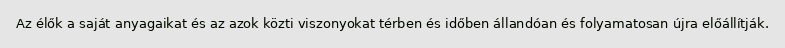
Az élők a saját anyagaikat és az azok közti viszonyokat térben és időben állandóan és folyamatosan újra előállítják.